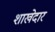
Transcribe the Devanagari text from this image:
शाखेदार